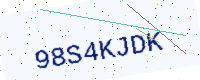
Text: 98S4KJDK